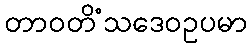
တာဝတိံသဒေဝဥပမာ